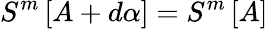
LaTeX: S^{m}\left[A+d\alpha\right]=S^{m}\left[A\right]